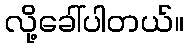
လို့ခေါ်ပါတယ်။